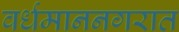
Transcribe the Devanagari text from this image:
वर्धमाननगरात